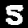
Digit: 5